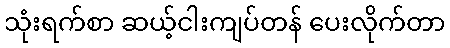
သုံးရက်စာ ဆယ့်ငါးကျပ်တန် ပေးလိုက်တာ